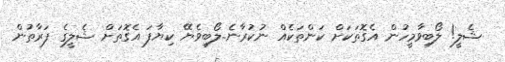
ޝެލީ! ލޯބިވާމީހުން އެގޮތަކަށް ކަންތަކެއް ނުކުރާނެ..ލޯބިވެޔޭ ކިޔާފަ އެގޮތަށް ޝެލީގެ ފަރާތުން